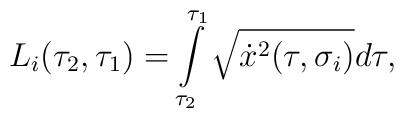
L_i(\tau_2,\tau_1)=\int\limits_{\tau_2}^{\tau_1}\sqrt{\dot x^2(\tau,\sigma_i)}d \tau,